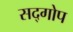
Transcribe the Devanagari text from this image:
सद्गोप